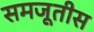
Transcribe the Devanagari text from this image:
समजूतीस